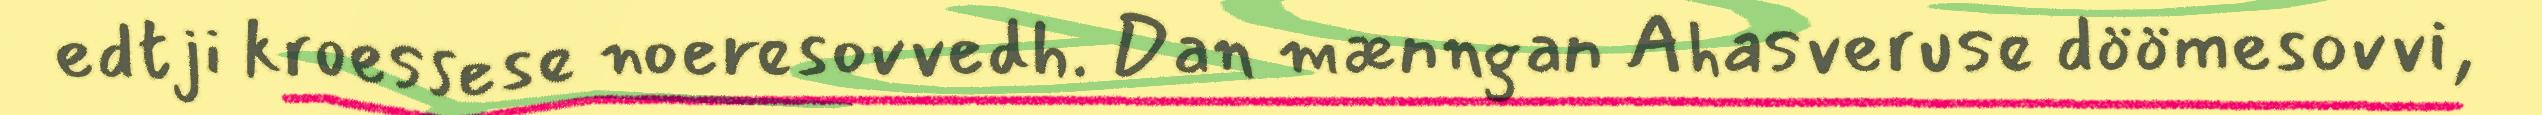
edtji kroessese noeresovvedh. Dan mænngan Ahasveruse döömesovvi,